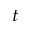
^ { t }